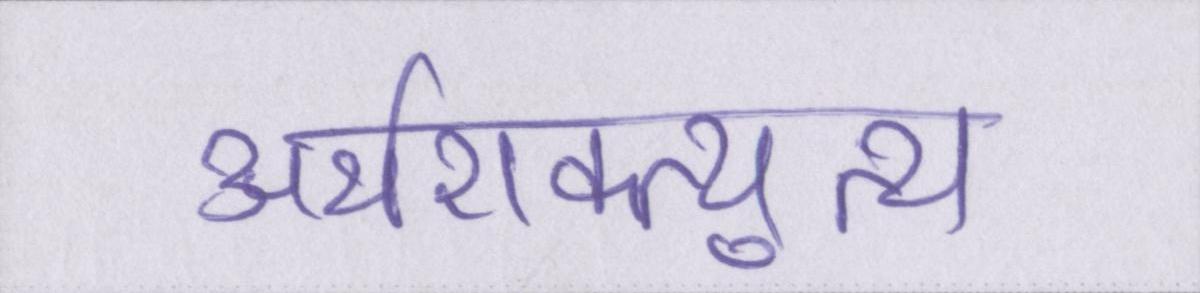
अर्थशक्त्युत्थ